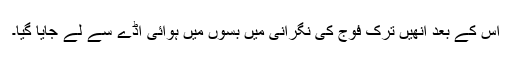
اس کے بعد انھیں ترک فوج کی نگرانی میں بسوں میں ہوائی اڈے سے لے جایا گیا۔